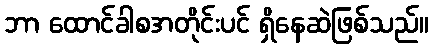
ဘာ ထောင်ခါစအတိုင်းပင် ရှိနေဆဲဖြစ်သည်။